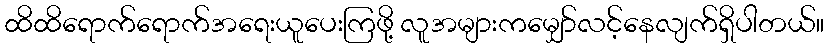
ထိထိရောက်ရောက်အရေးယူပေးကြဖို့ လူအများကမျှော်လင့်နေလျက်ရှိပါတယ်။